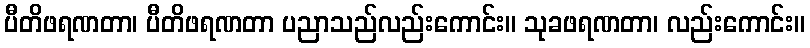
ပီတိဖရဏတာ၊ ပီတိဖရဏတာ ပညာသည်လည်းကောင်း။ သုခဖရဏတာ၊ လည်းကောင်း။